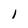
Character: 1